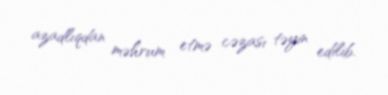
azadlıqdan məhrum etmə cəzası təyin edilib.